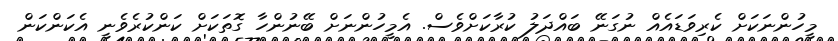
މީހުންނަކަށް ކެރިވަޑައެއް ނުގަނޭ ބައްދަލު ކުރާކަށްވެސް. އެމީހުންނަށް ބޭނުންހާ ގޮތަކަށް ކަންކުރެވެނީ އެކަންކަން